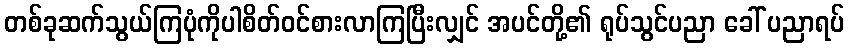
တစ်ခုဆက်သွယ်ကြပုံကိုပါစိတ်ဝင်စားလာကြပြီးလျှင် အပင်တို့၏ ရုပ်သွင်ပညာ ခေါ် ပညာရပ်